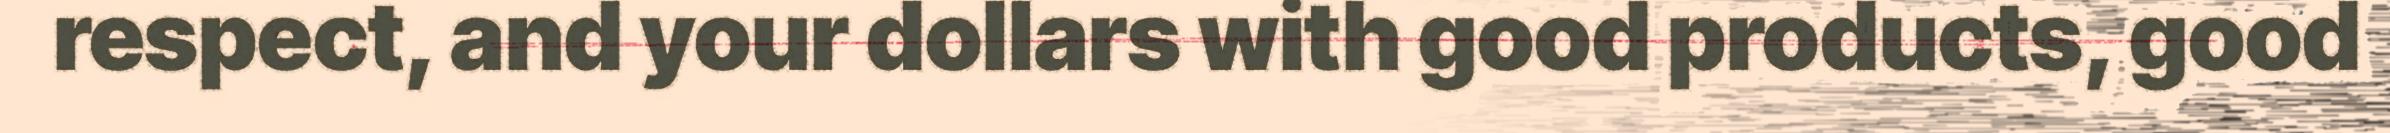
respect, and your dollars with good products, good